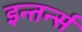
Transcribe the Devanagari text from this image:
इन्तर्न्स